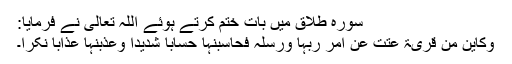
سورۂ طلاق میں بات ختم کرتے ہوئے اللہ تعالی نے فرمایا:
وَکَأَیِّن مِّن قَرْیَۃٍ عَتَتْ عَنْ أَمْرِ رَبِّہَا وَرُسُلِہِ فَحَاسَبْنٰہَا حِسَاباً شَدِیْداً وَعَذَّبْنٰہَا عَذَاباً نُّکْرا۔